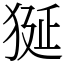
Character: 狿